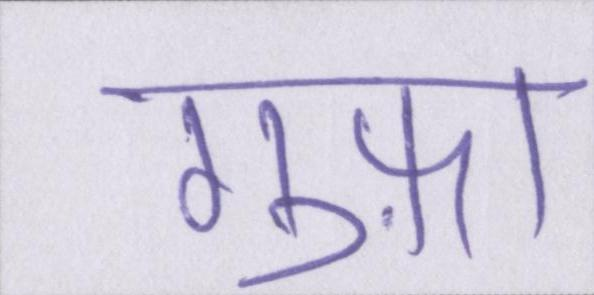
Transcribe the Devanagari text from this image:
गुफ़ा